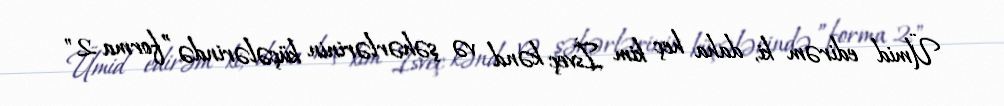
Ümid edirəm ki, daha heç kim İsveç kənd və şəhərlərinin küçələrində ”forma 2"